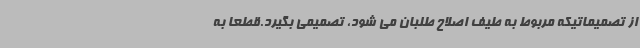
از تصمیماتیکه مربوط به طیف اصلاح طلبان می شود، تصمیمی بگیرد.قطعا به